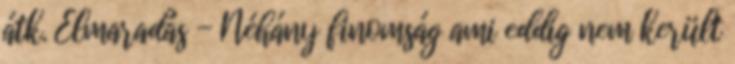
átk. Elmaradás - Néhány finomság ami eddig nem került